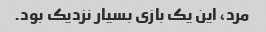
مرد، این یک بازی بسیار نزدیک بود.